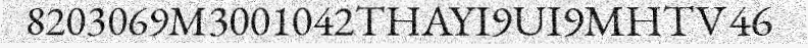
8203069M3001042THAYI9UI9MHTV46